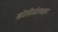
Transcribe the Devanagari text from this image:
क्रोसीडोलाइट